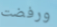
ورفضت